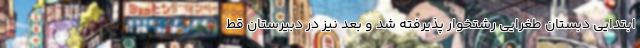
ابتدایی دبستان طغرایی رشتخوار پذیرفته شد و بعد نیز در دبیرستان قط